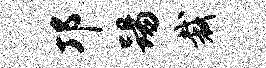
邛踢裁